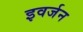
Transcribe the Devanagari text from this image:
इवर्जन